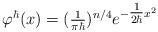
LaTeX: \begin{align*}\varphi^\hbar(x) = (\tfrac{1}{\pi \hbar})^{n/4} e^{-\tfrac{1}{2 \hbar} x^2}\end{align*}